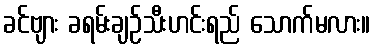
ခင်ဗျား ခရမ်းချဉ်သီးဟင်းရည် သောက်မလား။